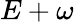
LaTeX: E+\omega